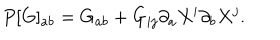
P [ G ] _ { a b } = G _ { a b } + G _ { i j } \partial _ { a } X ^ { i } \partial _ { b } X ^ { j } .